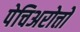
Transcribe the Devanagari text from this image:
पेचिअरोत्तो